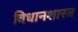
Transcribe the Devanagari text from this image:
विधानशास्त्र